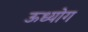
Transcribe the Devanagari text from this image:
ऊध्योग